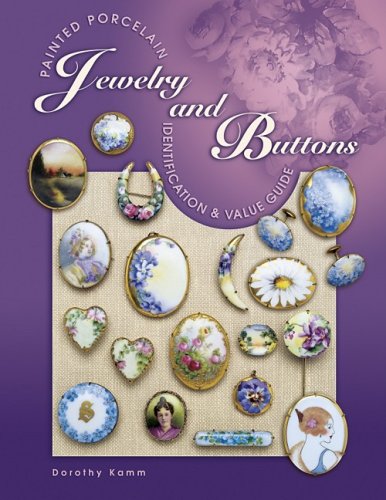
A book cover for Painted Porcelain Jewelry and Buttons; Dorothy Kamn; Crafts, Hobbies & Home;